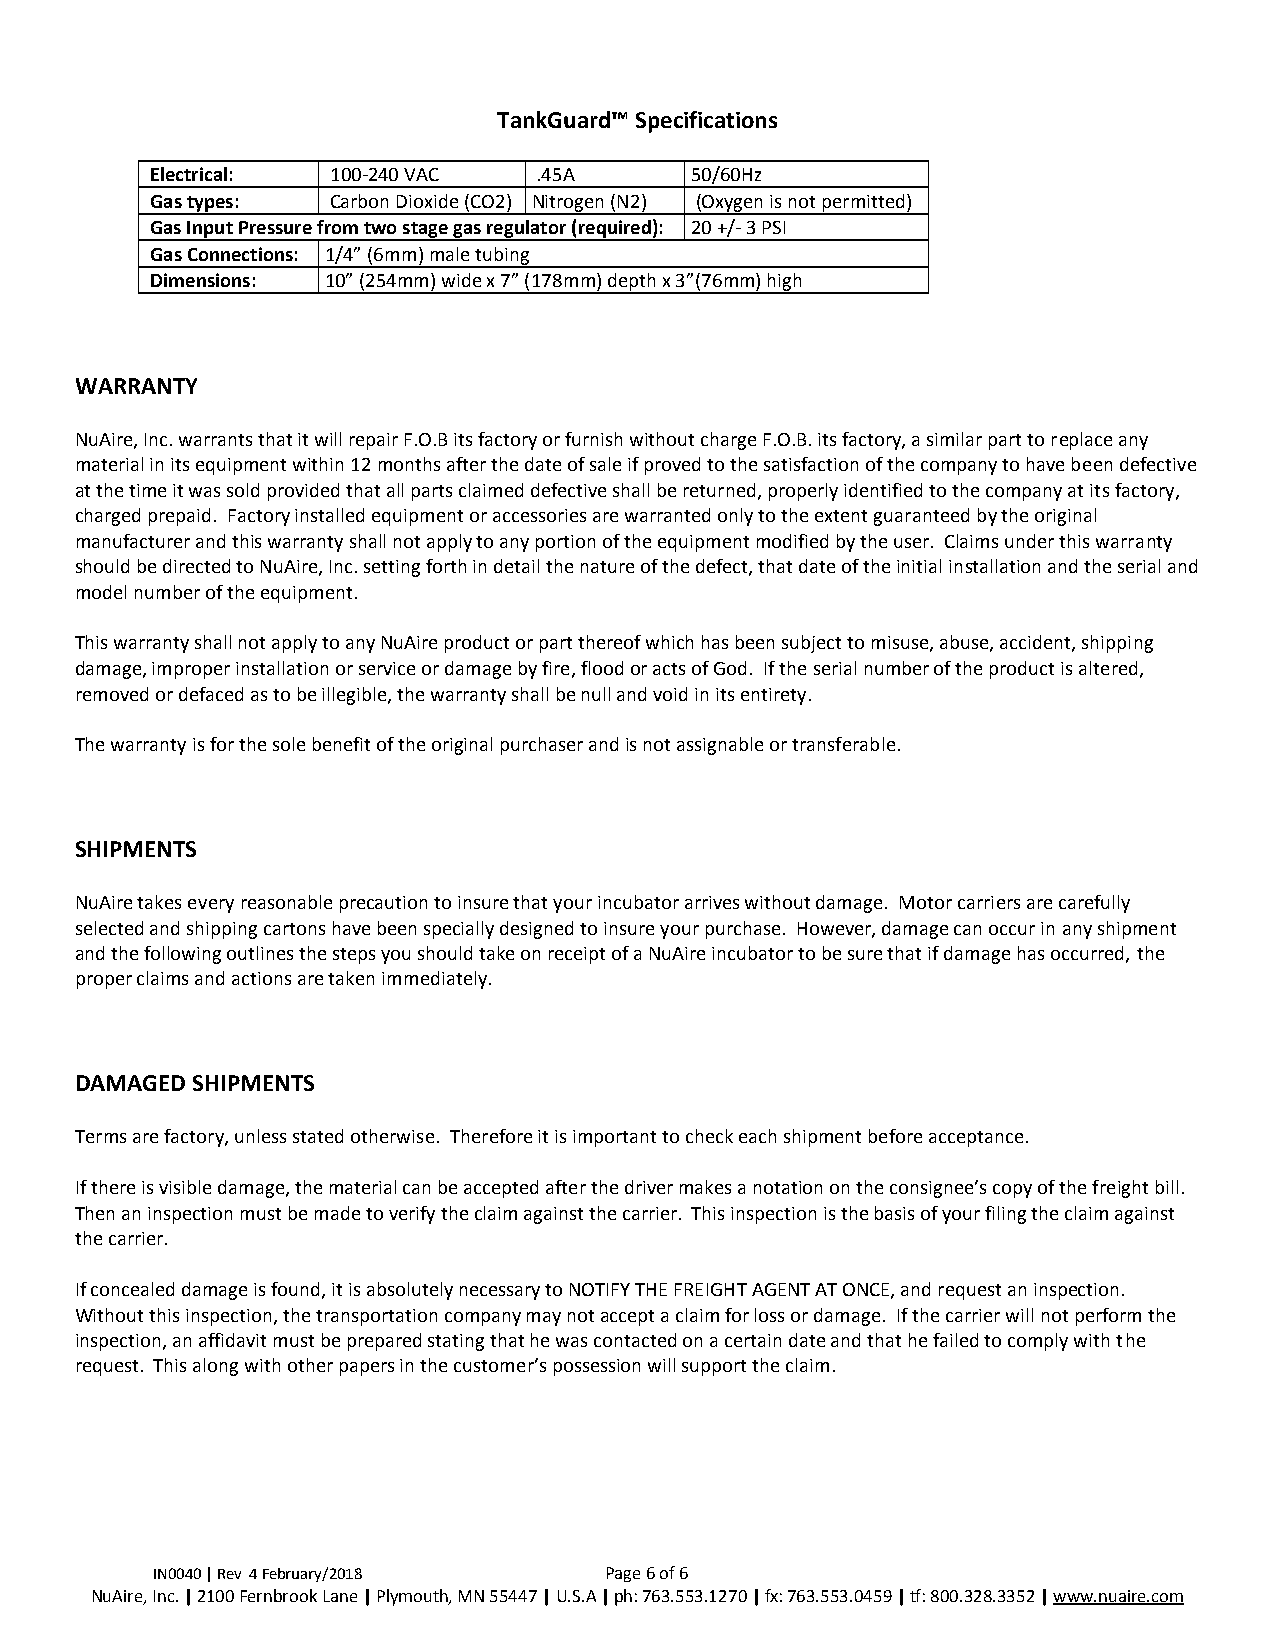
TankGuard™ Specifications
 Electrical: 100-240 VAC   .45A      50/60Hz
 Gas types:  Carbon Dioxide (CO2) Nitrogen (N2) (Oxygen is not permitted)
 Gas Input Pressure from two stage gas regulator (required): 20 +/- 3 PSI
 Gas Connections: 1/4” (6mm) male tubing
 Dimensions: 10” (254mm) wide x 7” (178mm) depth x 3”(76mm) high
 WARRANTY
 NuAire, Inc. warrants that it will repair F.O.B its factory or furnish without charge F.O.B. its factory, a similar part to replace any
 material in its equipment within 12 months after the date of sale if proved to the satisfaction of the company to have been defective
 at the time it was sold provided that all parts claimed defective shall be returned, properly identified to the company at its factory,
 charged prepaid. Factory installed equipment or accessories are warranted only to the extent guaranteed by the original
 manufacturer and this warranty shall not apply to any portion of the equipment modified by the user. Claims under this warranty
 should be directed to NuAire, Inc. setting forth in detail the nature of the defect, that date of the initial installation and the serial and
 model number of the equipment.
 This warranty shall not apply to any NuAire product or part thereof which has been subject to misuse, abuse, accident, shipping
 damage, improper installation or service or damage by fire, flood or acts of God. If the serial number of the product is altered,
 removed or defaced as to be illegible, the warranty shall be null and void in its entirety.
 The warranty is for the sole benefit of the original purchaser and is not assignable or transferable.
 SHIPMENTS
 NuAire takes every reasonable precaution to insure that your incubator arrives without damage. Motor carriers are carefully
 selected and shipping cartons have been specially designed to insure your purchase. However, damage can occur in any shipment
 and the following outlines the steps you should take on receipt of a NuAire incubator to be sure that if damage has occurred, the
 proper claims and actions are taken immediately.
 DAMAGED SHIPMENTS
 Terms are factory, unless stated otherwise. Therefore it is important to check each shipment before acceptance.
 If there is visible damage, the material can be accepted after the driver makes a notation on the consignee’s copy of the freight bill.
 Then an inspection must be made to verify the claim against the carrier. This inspection is the basis of your filing the claim against
 the carrier.
 If concealed damage is found, it is absolutely necessary to NOTIFY THE FREIGHT AGENT AT ONCE, and request an inspection.
 Without this inspection, the transportation company may not accept a claim for loss or damage. If the carrier will not perform the
 inspection, an affidavit must be prepared stating that he was contacted on a certain date and that he failed to comply with the
 request. This along with other papers in the customer’s possession will support the claim.
 IN0040 | Rev 4 February/2018  Page 6 of 6
 NuAire, Inc. | 2100 Fernbrook Lane | Plymouth, MN 55447 | U.S.A | ph: 763.553.1270 | fx: 763.553.0459 | tf: 800.328.3352 | www.nuaire.com